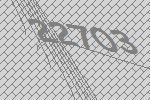
22703